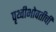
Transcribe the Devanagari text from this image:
पृथ्वीभोवतीची